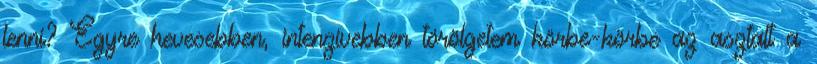
lenni? Egyre hevesebben, intenzívebben törölgetem körbe-körbe az asztalt a